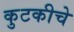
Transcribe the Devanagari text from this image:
कुटकीचे